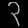
Digit: ၃